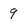
Character: 9